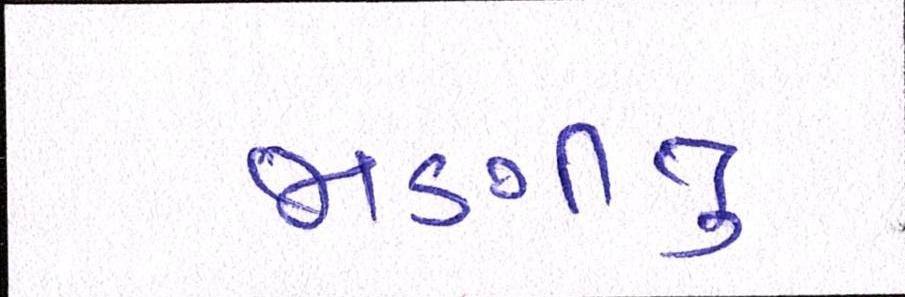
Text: જાણીતુ